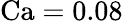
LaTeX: \mathrm{{Ca}}=0.08